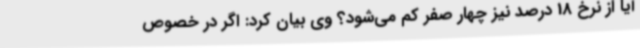
آیا از نرخ 18 درصد نیز چهار صفر کم می‌شود؟ وی بیان کرد: اگر در خصوص